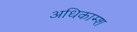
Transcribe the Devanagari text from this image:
अधिकाम्श